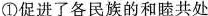
①促进了各民族的和睦共处